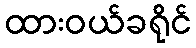
ထားဝယ်ခရိုင်